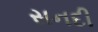
સનદી